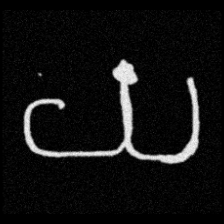
Pyu character \u2014 Myanmar letter: ယ (romanized: ya)